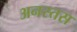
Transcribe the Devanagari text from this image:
अनस्तस